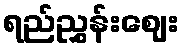
ရည်ညွှန်းဈေး